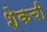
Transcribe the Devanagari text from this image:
शेकची